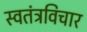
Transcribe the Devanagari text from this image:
स्वतंत्रविचार